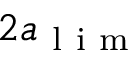
2 \ensuremath { a _ { \mathrm { ~ l ~ i ~ m ~ } } }